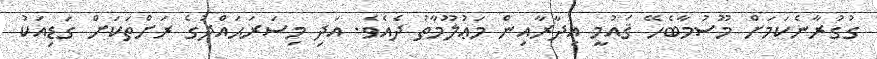
ގުގުރާނެކަމަށް މޫސުމާބެހޭ ޤައުމީ އިދާރާއިން މަޢުލޫމާތު ދެއެވެ. އަދި މިސަރަޙައްދުގެ ރަށްތަކަށް ގަޑިއަކު